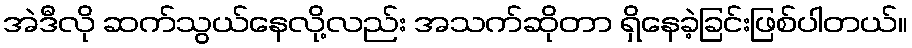
အဲဒီလို ဆက်သွယ်နေလို့လည်း အသက်ဆိုတာ ရှိနေခဲ့ခြင်းဖြစ်ပါတယ်။